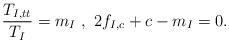
LaTeX: \begin{align*}\frac{T_{I,tt}}{T_{I}}=m_{I}~,~2f_{I,c}+c-m_{I}=0. \end{align*}